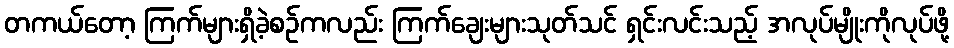
တကယ်တော့ ကြက်များရှိခဲ့စဉ်ကလည်း ကြက်ချေးများသုတ်သင် ရှင်းလင်းသည့် အလုပ်မျိုးကိုလုပ်ဖို့